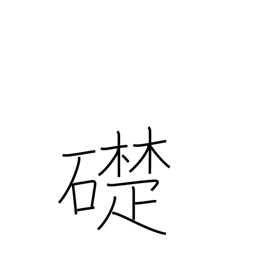
Meaning: cornerstone